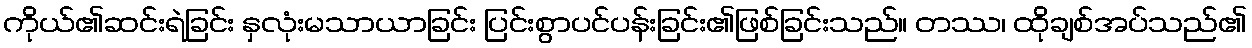
ကိုယ်၏ဆင်းရဲခြင်း နှလုံးမသာယာခြင်း ပြင်းစွာပင်ပန်းခြင်း၏ဖြစ်ခြင်းသည်။ တဿ၊ ထိုချစ်အပ်သည်၏